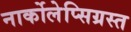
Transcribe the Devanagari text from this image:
नार्कोलेप्सिग्रस्त